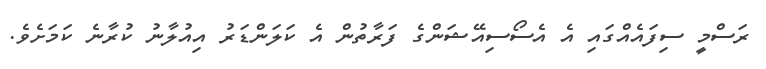
ރަސްމީ ސިފައެއްގައި އެ އެސޯސިއޭޝަންގެ ފަރާތުން އެ ކަލަންޑަރު އިއުލާނު ކުރާނެ ކަމަށެވެ.